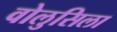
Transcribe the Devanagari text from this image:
वोलुसिला